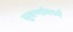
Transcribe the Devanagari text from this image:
सुवर्णामध्ये